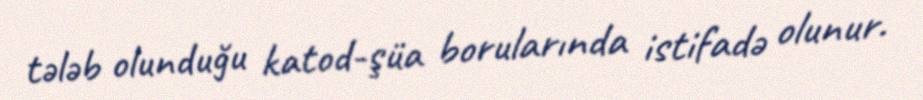
tələb olunduğu katod-şüa borularında istifadə olunur.